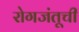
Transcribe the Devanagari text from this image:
रोगजंतूची